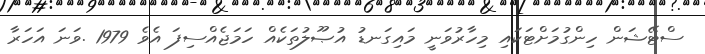
ސްޓޭޝަން ހިންގުމަށްޓަކައި މިހާރުވަނީ މައިގަނޑު އުޞޫލުތަކެއް ހަމަޖެއްސިފަ އެވެ 1979 .ވަނަ އަހަރާ